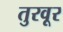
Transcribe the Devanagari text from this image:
तुरवूर